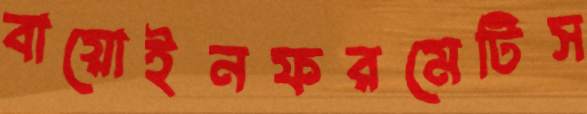
বায়োইনফরমেটিস